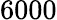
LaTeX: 6000